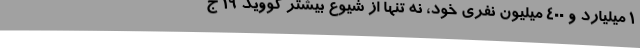
1 میلیارد و 400 میلیون نفری خود، نه تنها از شیوع بیشتر کووید 19 ج